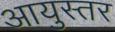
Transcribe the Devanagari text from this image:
आयुस्तर